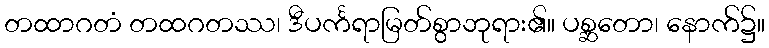
တထာဂတံ တထဂတဿ၊ ဒီပင်္ကရာမြတ်စွာဘုရား၏။ ပစ္ဆတော၊ နောက်၌။